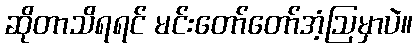
ဆိုတာသိရရင် မင်းတော်တော်အံ့ဩမှာပဲ။